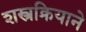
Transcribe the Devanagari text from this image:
शस्त्रक्रियाने